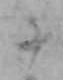
十